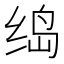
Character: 𱺟